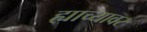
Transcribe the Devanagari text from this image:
ह्याच्यावर